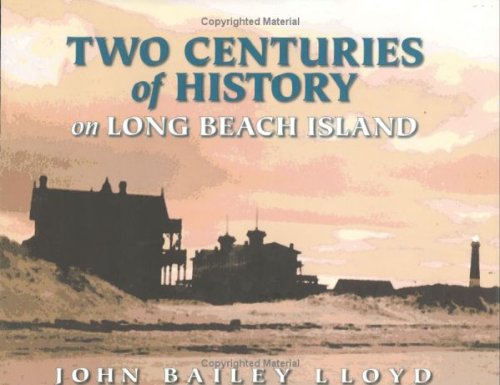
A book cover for Two Centuries Of History On Long Beach Island; John Bailey Lloyd; Travel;